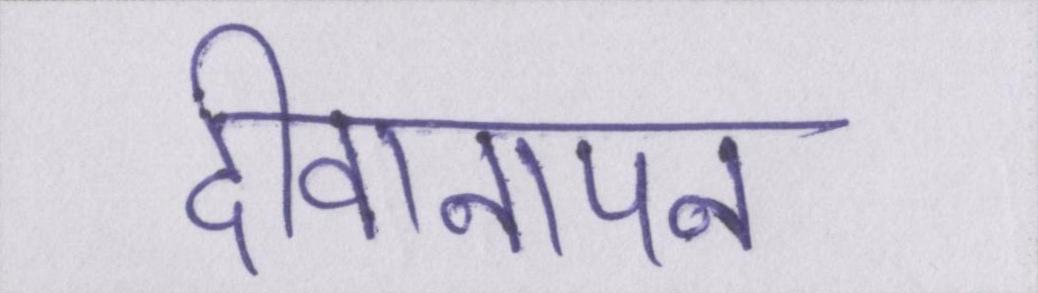
दीवानापन